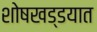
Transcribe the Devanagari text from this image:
शोषखड्डयात